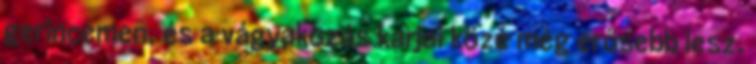
gerincemen, és a vágyakozás karjai közé még erősebb lesz.